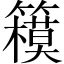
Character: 𰪞